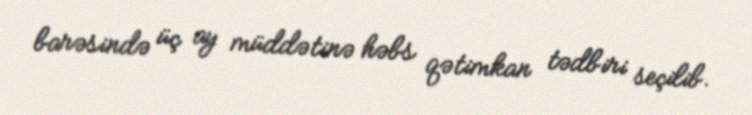
barəsində üç ay müddətinə həbs qətimkan tədbiri seçilib.